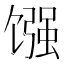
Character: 𫗳